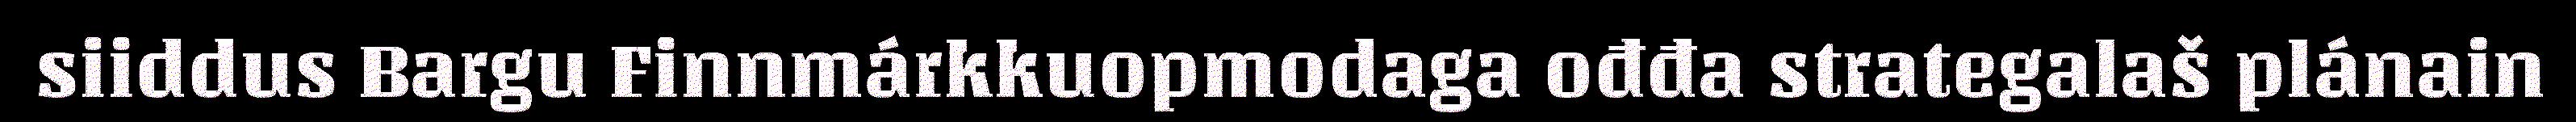
siiddus Bargu Finnmárkkuopmodaga ođđa strategalaš plánain